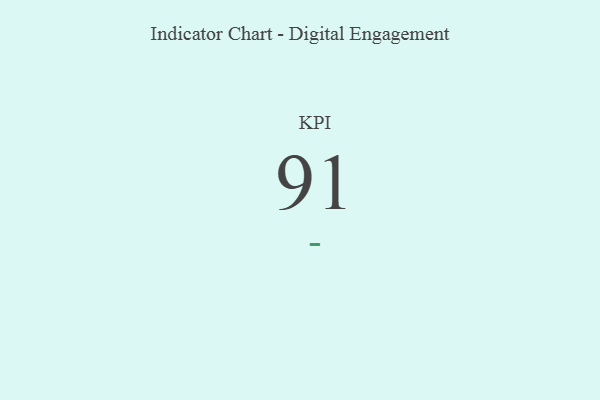
{"axis": {"x": "KPI", "y": "Value"}, "legend": [""], "data": [{"x": "KPI", "y": 91, "type": ""}]}